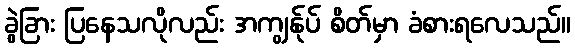
ခွဲခြား ပြနေသလိုလည်း အကျွန်ုပ် စိတ်မှာ ခံစားရလေသည်။